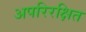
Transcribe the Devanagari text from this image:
अपरिरक्षित